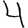
Digit: 4